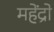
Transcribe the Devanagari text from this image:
महेंद्रो